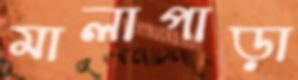
মালাপাড়া